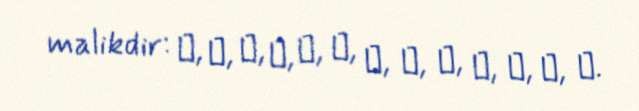
malikdir: ბ, ზ, მ, ნ, პ, რ, ს, შ, ჩ, ძ, წ, ხ, ჰ.